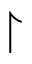
\upharpoonright